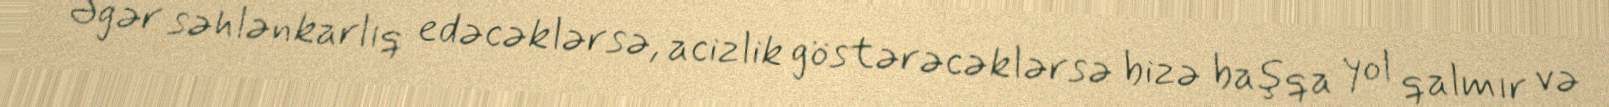
Əgər səhlənkarlıq edəcəklərsə, acizlik göstərəcəklərsə bizə başqa yol qalmır və